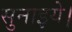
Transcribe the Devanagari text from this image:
सुनाइये।